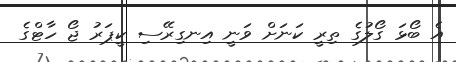
އެ ބޯޅަ ގޯލުގެ ތިރީ ކަނަށް ވަނީ އިނގިރޭސި ކީޕަރު ޖޯ ހާޓްގެ